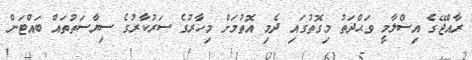
ރާއްޖޭގެ އިސްލާމީ ވަޙްދަތު މިގޮތުގައި ދެމި އޮތުމަށް މިހާރުގެ ސަރުކާރުގެ ސިޔާސަތުތައް ބައްޓަން